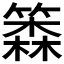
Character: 𰪗